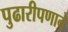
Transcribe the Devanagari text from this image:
पुढारीपणाने